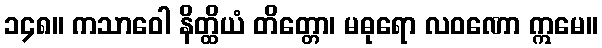
၁၄၈။ ကသာဝေါ နိတ္ထိယံ တိတ္တော၊ မဓုရော လဝဏော ဣမေ။